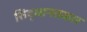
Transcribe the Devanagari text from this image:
सिद्धानतकार